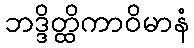
ဘဒ္ဒိတ္ထိကာဝိမာနံ